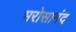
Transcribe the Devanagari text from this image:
भरोसामंद